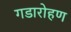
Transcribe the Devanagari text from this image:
गडारोहण